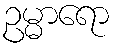
ဥမ္မာရော